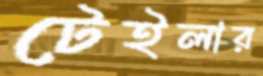
টেইলার